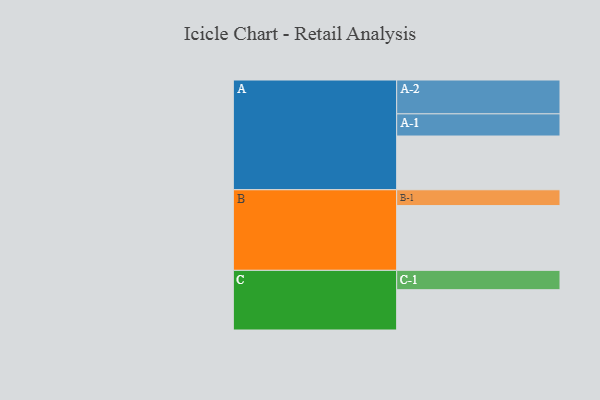
{"axis": {"x": "Segment", "y": "Value"}, "legend": ["", "A", "B", "C"], "data": [{"x": "A", "y": 400, "type": ""}, {"x": "B", "y": 482, "type": ""}, {"x": "C", "y": 300, "type": ""}, {"x": "A-1", "y": 165, "type": "A"}, {"x": "A-2", "y": 252, "type": "A"}, {"x": "B-1", "y": 118, "type": "B"}, {"x": "C-1", "y": 144, "type": "C"}]}